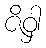
ဇိဝှါ